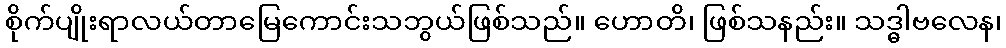
စိုက်ပျိုးရာလယ်တာမြေကောင်းသဘွယ်ဖြစ်သည်။ ဟောတိ၊ ဖြစ်သနည်း။ သဒ္ဓါဗလေန၊